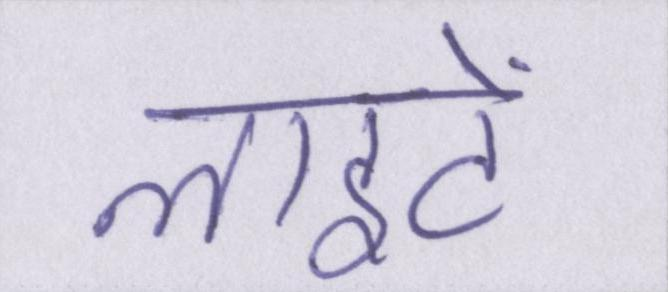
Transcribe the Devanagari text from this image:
लाइटें